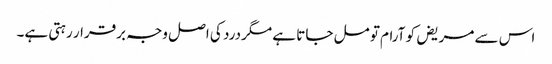
اس سے مریض کو آرام تو مل جاتا ہے مگردرد کی اصل وجہ برقرار رہتی ہے۔